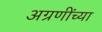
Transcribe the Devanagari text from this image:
अग्रणींच्या